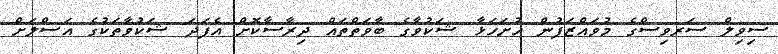
ސިވިލް ސަރވިސްގެ މުވައްޒަފުން ހުށަހަޅާ ޝަކުވާގެ ބާވަތްތައް ދިރާސާކޮށް އެފަދަ ޝަކުވާތަކުގެ އަސްލަށް